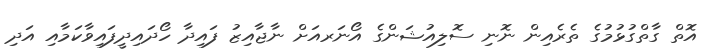
އޮތް ގާތްގުޅުމުގެ ތެރެއިން ނޮނި ސޮލިއުޝަންގެ އޯނަރއަށް ނާޖާއިޒު ފައިދާ ހޯދައިދީފައިވާކަމާއި އަދި